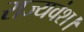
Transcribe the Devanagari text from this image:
राज्यवंश।